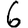
Digit: 6